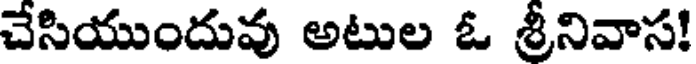
చేసియుందువు అటుల ఓ శ్రీనివాస!